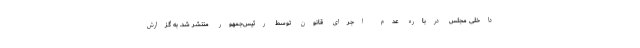
داخلی مجلس درباره عدم اجرای قانون توسط رئیس‌جمهور منتشر شد. به گزارش